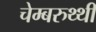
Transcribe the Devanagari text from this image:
चेम्बरुथ्थी